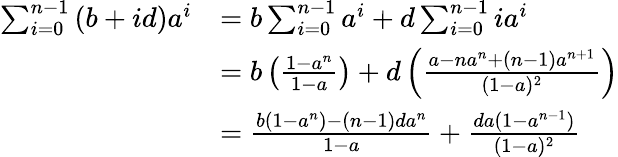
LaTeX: {\begin{array}{rl}{\sum_{i=0}^{n-1}\left(b+id\right)a^{i}}&{=b\sum_{i=0}^{n-1}a^{i}+d\sum_{i=0}^{n-1}ia^{i}}\\ &{=b\left({\frac{1-a^{n}}{1-a}}\right)+d\left({\frac{a-na^{n}+(n-1)a^{n+1}}{(1-a)^{2}}}\right)}\\ &{={\frac{b(1-a^{n})-(n-1)da^{n}}{1-a}}+{\frac{da(1-a^{n-1})}{(1-a)^{2}}}}\end{array}}